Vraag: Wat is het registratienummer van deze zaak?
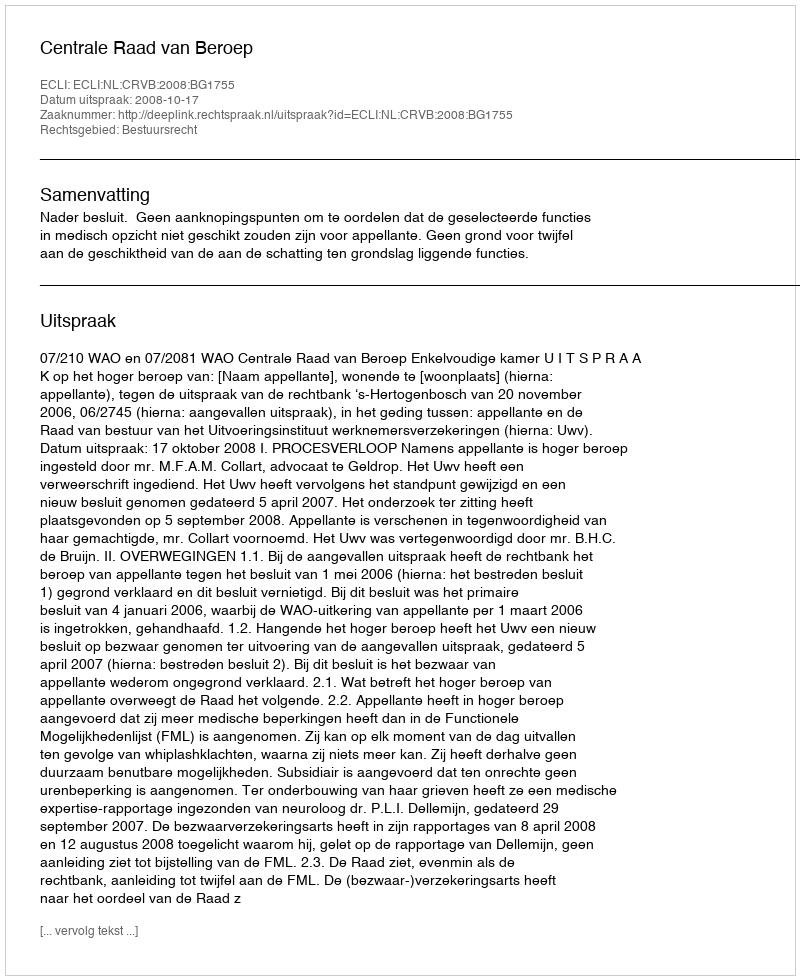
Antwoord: http://deeplink.rechtspraak.nl/uitspraak?id=ECLI:NL:CRVB:2008:BG1755